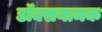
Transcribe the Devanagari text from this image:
डॉक्सनामक